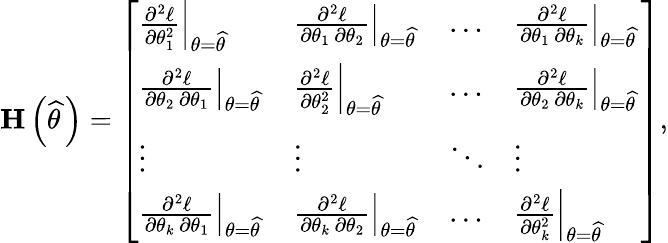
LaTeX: \mathbf{H}\left({\widehat{\theta\, }}\right)={\left[\begin{array}{llll}{\left.{\frac{\partial^{2}\ell}{\partial\theta_{1}^{2}}}\right|_{\theta={\widehat{\theta\, }}}}&{\left.{\frac{\partial^{2}\ell}{\partial\theta_{1}\, \partial\theta_{2}}}\right|_{\theta={\widehat{\theta\, }}}}&{\dots}&{\left.{\frac{\partial^{2}\ell}{\partial\theta_{1}\, \partial\theta_{k}}}\right|_{\theta={\widehat{\theta\, }}}}\\ {\left.{\frac{\partial^{2}\ell}{\partial\theta_{2}\, \partial\theta_{1}}}\right|_{\theta={\widehat{\theta\, }}}}&{\left.{\frac{\partial^{2}\ell}{\partial\theta_{2}^{2}}}\right|_{\theta={\widehat{\theta\, }}}}&{\dots}&{\left.{\frac{\partial^{2}\ell}{\partial\theta_{2}\, \partial\theta_{k}}}\right|_{\theta={\widehat{\theta\, }}}}\\ {\vdots}&{\vdots}&{\ddots}&{\vdots}\\ {\left.{\frac{\partial^{2}\ell}{\partial\theta_{k}\, \partial\theta_{1}}}\right|_{\theta={\widehat{\theta\, }}}}&{\left.{\frac{\partial^{2}\ell}{\partial\theta_{k}\, \partial\theta_{2}}}\right|_{\theta={\widehat{\theta\, }}}}&{\dots}&{\left.{\frac{\partial^{2}\ell}{\partial\theta_{k}^{2}}}\right|_{\theta={\widehat{\theta\, }}}}\end{array}\right]},